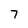
Character: 7